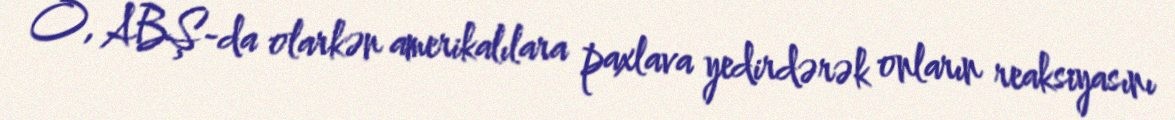
O, ABŞ-da olarkən amerikalılara paxlava yedirdərək onların reaksiyasını